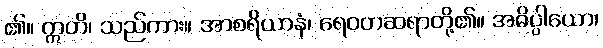
၏။ ဣတိ၊ သည်ကား။ အာစရိယာနံ၊ ရေဝတဆရာတို့၏။ အဓိပ္ပါယော၊